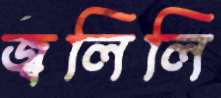
জ্বলিলি